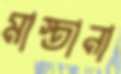
মাস্তানা